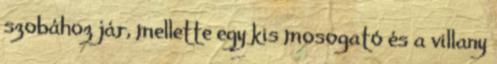
szobához jár, mellette egy kis mosogató és a villany